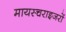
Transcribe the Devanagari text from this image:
मायस्चराइजरों